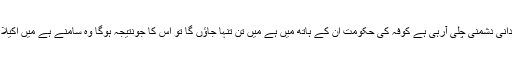
اورپھر بنی امیہ سے ہماری خاندانی دشمنی چلی آرہی ہے کوفہ کی حکومت ان کے ہاتھ میں ہے میں تن تنہا جاؤں گا تو اس کا جونتیجہ ہوگا وہ سامنے ہے میں اکیلا حکومت کا مقابلہ نہیں کرسکتا ۔